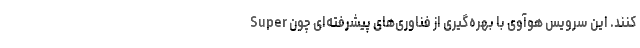
کنند. این سرویس هوآوی با بهره‌گیری از فناوری‌های پیشرفته‌ای چون Super